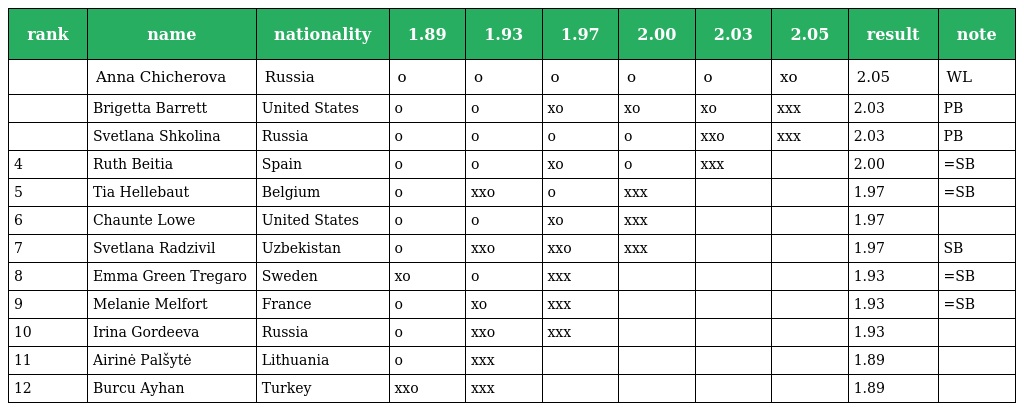
| rank | name | nationality | 1.89 | 1.93 | 1.97 | 2.00 | 2.03 | 2.05 | result | note |
 | --- | --- | --- | --- | --- | --- | --- | --- | --- | --- | --- |
 |  | Anna Chicherova | Russia | o | o | o | o | o | xo | 2.05 | WL |
 |  | Brigetta Barrett | United States | o | o | xo | xo | xo | xxx | 2.03 | PB |
 |  | Svetlana Shkolina | Russia | o | o | o | o | xxo | xxx | 2.03 | PB |
 | 4 | Ruth Beitia | Spain | o | o | xo | o | xxx |  | 2.00 | =SB |
 | 5 | Tia Hellebaut | Belgium | o | xxo | o | xxx |  |  | 1.97 | =SB |
 | 6 | Chaunte Lowe | United States | o | o | xo | xxx |  |  | 1.97 |  |
 | 7 | Svetlana Radzivil | Uzbekistan | o | xxo | xxo | xxx |  |  | 1.97 | SB |
 | 8 | Emma Green Tregaro | Sweden | xo | o | xxx |  |  |  | 1.93 | =SB |
 | 9 | Melanie Melfort | France | o | xo | xxx |  |  |  | 1.93 | =SB |
 | 10 | Irina Gordeeva | Russia | o | xxo | xxx |  |  |  | 1.93 |  |
 | 11 | Airinė Palšytė | Lithuania | o | xxx |  |  |  |  | 1.89 |  |
 | 12 | Burcu Ayhan | Turkey | xxo | xxx |  |  |  |  | 1.89 |  |